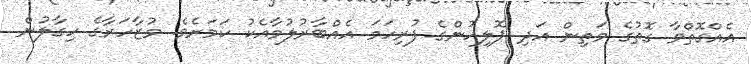
އެއްގޮތްވާ ގޮތުގެ މަތިން އަދި ޕޮލިހުންގެ ފުރިހަމަ އެއްބާރުލުމާއެކު ކަމަށެވެ. މުޒާހަރާގެ ހިގާލުން